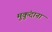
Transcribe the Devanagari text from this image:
मुकुंदाना